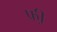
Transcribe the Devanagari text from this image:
फ्री़